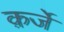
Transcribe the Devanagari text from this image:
क़र्जे